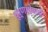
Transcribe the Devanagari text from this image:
चूर्णाऐवजी